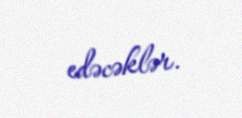
edəcəklər.